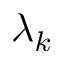
\lambda _ { k }